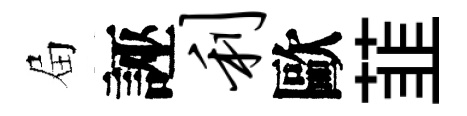
屇誣利歐韮